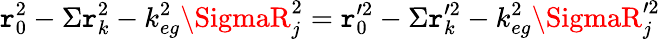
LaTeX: \mathtt{r}_{0}^{2}-\Sigma\mathtt{r}_{k}^{2}-k_{eg}^{2}\SigmaR_{j}^{2}=\mathtt{r}_{0}^{\prime2}-\Sigma\mathtt{r}_{k}^{\prime2}-k_{eg}^{2}\SigmaR_{j}^{\prime2}